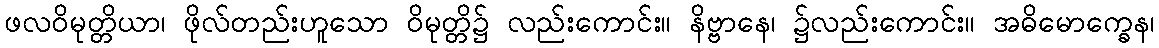
ဖလဝိမုတ္တိယာ၊ ဖိုလ်တည်းဟူသော ဝိမုတ္တိ၌ လည်းကောင်း။ နိဗ္ဗာနေ၊ ၌လည်းကောင်း။ အဓိမောက္ခေန၊